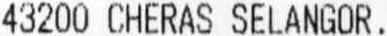
43200 CHERAS SELANGOR.